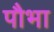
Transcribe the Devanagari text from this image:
पौभा